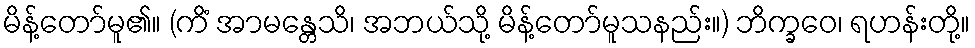
မိန့်တော်မူ၏။ (ကိံ အာမန္တေသိ၊ အဘယ်သို့ မိန့်တော်မူသနည်း။) ဘိက္ခဝေ၊ ရဟန်းတို့။